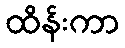
ထိန်းကာ